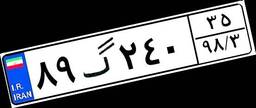
۸۹گ۲۴۰۳۵